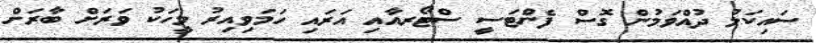
ސައިކަލު ދުއްވަމުން ގޮސް ފެންޓަސީ ސްޓޯރއާއި އަރައި ހަމަވިއިރު މީހަކު ވަރަށް ބާރަށް